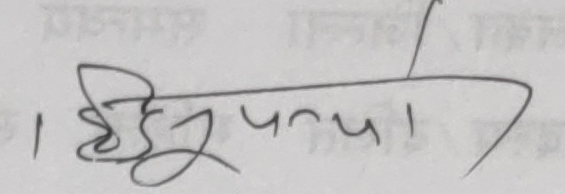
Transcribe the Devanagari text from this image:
1 ही सून्या